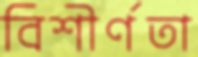
বিশীর্ণতা